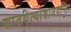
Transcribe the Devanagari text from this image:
श्रावयेत्याश्रावयन्ति।